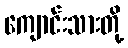
ကျောင်းသားတို့